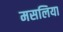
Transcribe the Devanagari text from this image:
मसलिया